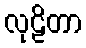
လုဠိတာ